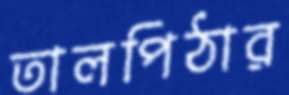
তালপিঠার